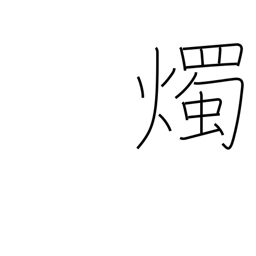
Meaning: candlepower